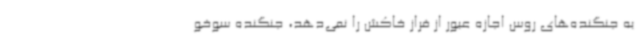
به جنگنده‌های روس اجازه عبور از فراز خاکش را نمی‌دهد، جنگنده سوخو